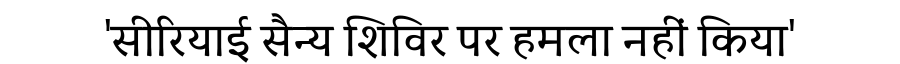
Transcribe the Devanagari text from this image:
'सीरियाई सैन्य शिविर पर हमला नहीं किया'